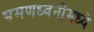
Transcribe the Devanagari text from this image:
भ्रमणध्वनींमध्ये